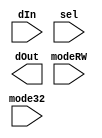
`timescale 1ns / 1ps
//////////////////////////////////////////////////////////////////////////////////
// Company: 
// Engineer: 
// 
// Design Name: 
// Module Name: PeriphController
// Project Name: 
// Target Devices: 
// Tool Versions: 
// Description: 
// 
// Dependencies: 
// 
// Revision:
// Revision 0.01 - File Created
// Additional Comments:
// 
//////////////////////////////////////////////////////////////////////////////////


module SDInterface(
    input [31:0] dIn,
    input modeRW,
    input mode32,
    input sel,
    output [31:0] dOut
  );
  
  
  
endmodule